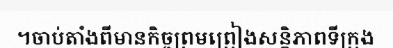
។ចាប់តាំងពីមានកិច្ចព្រមព្រៀងសន្តិភាពទីក្រុង